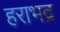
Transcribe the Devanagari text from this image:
हराभद्र